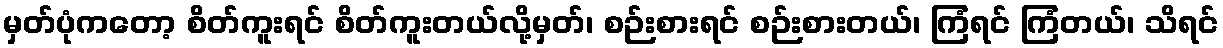
မှတ်ပုံကတော့ စိတ်ကူးရင် စိတ်ကူးတယ်လို့မှတ်၊ စဉ်းစားရင် စဉ်းစားတယ်၊ ကြံရင် ကြံတယ်၊ သိရင်